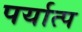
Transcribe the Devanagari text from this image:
पर्यात्प